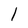
Character: l